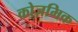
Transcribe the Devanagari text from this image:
कोज़मिक